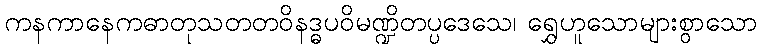
ကနကာနေကဓာတုသတတဝိနဒ္ဓပဝိမဏ္ဍိတပ္ပဒေသေ၊ ရွှေဟူသောများစွာသော